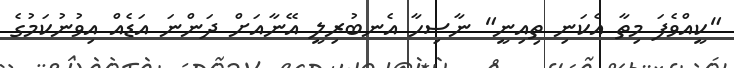
"ކީއްވެފަ މިތާ އެކަނި ތިއިނީ" ނާސިހާ އެނބުރިލީ އޭނާއަށް ދަންނަ އަޑެއް އިވުނުކަމުގެ